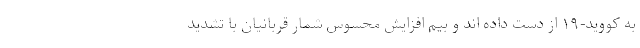
به کووید-۱۹ از دست داده اند و بیم افزایش محسوس شمار قربانیان با تشدید